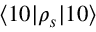
\langle 1 0 | \rho _ { s } | 1 0 \rangle